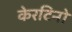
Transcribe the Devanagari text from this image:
केरटिनो